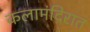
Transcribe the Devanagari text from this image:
कलामंदिरात